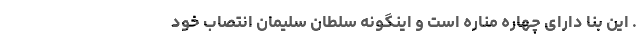
. این بنا دارای چهاره مناره است و اینگونه سلطان سلیمان انتصاب خود